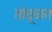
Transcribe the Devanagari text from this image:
तांदूळत